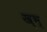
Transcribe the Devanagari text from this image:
ख्भ्